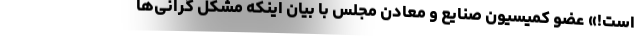
است!» عضو کمیسیون صنایع و معادن مجلس با بیان اینکه مشکل گرانی‌ها